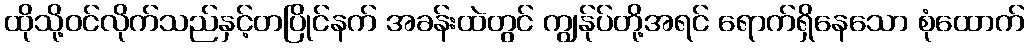
ထိုသို့ဝင်လိုက်သည်နှင့်တပြိုင်နက် အခန်းထဲတွင် ကျွန်ုပ်တို့အရင် ရောက်ရှိနေသော စုံထောက်